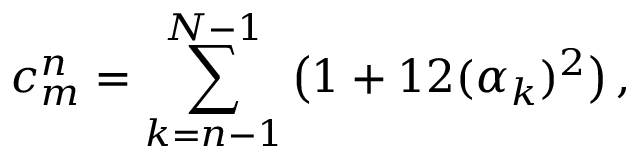
c _ { m } ^ { n } = \sum _ { k = n - 1 } ^ { N - 1 } \big ( 1 + 1 2 ( \alpha _ { k } ) ^ { 2 } \big ) \, ,